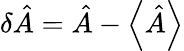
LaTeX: \delta{\hat{A}}={\hat{A}}-\left\langle{\hat{A}}\right\rangle